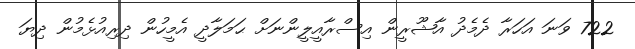
722 ވަނަ އަހަރާ ދެމެދު އާޝޫރީން އިސްރާއީލީންނަށް ޙަމަލާދީ އެމީހުން ދިރިއުޅެމުން ދިޔަ